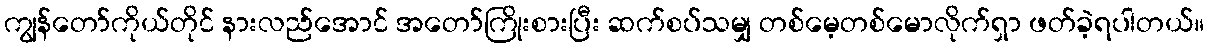
ကျွန်တော်ကိုယ်တိုင် နားလည်အောင် အတော်ကြိုးစားပြီး ဆက်စပ်သမျှ တစ်မေ့တစ်မောလိုက်ရှာ ဖတ်ခဲ့ရပါတယ်။